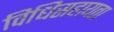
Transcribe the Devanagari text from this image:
विधिसहायता